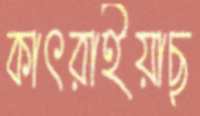
কাৎরাইয়াছ